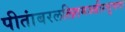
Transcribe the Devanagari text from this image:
पीतांबरललितमज्जीरसुभगा